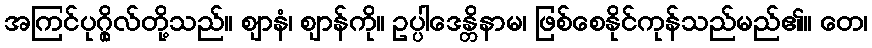
အကြင်ပုဂ္ဂိုလ်တို့သည်။ ဈာနံ၊ ဈာန်ကို။ ဥပ္ပါဒေန္တိနာမ၊ ဖြစ်စေနိုင်ကုန်သည်မည်၏။ တေ၊